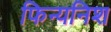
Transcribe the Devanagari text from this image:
फिन्यनिश